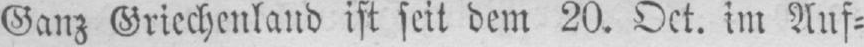
Ganz Griechenland ist seit dem 20. Oct. im Auf⸗